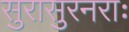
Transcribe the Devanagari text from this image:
सुरासुरनराः